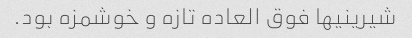
شیرینیها فوق العاده تازه و خوشمزه بود.